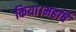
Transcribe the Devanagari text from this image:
किया।महर्षि